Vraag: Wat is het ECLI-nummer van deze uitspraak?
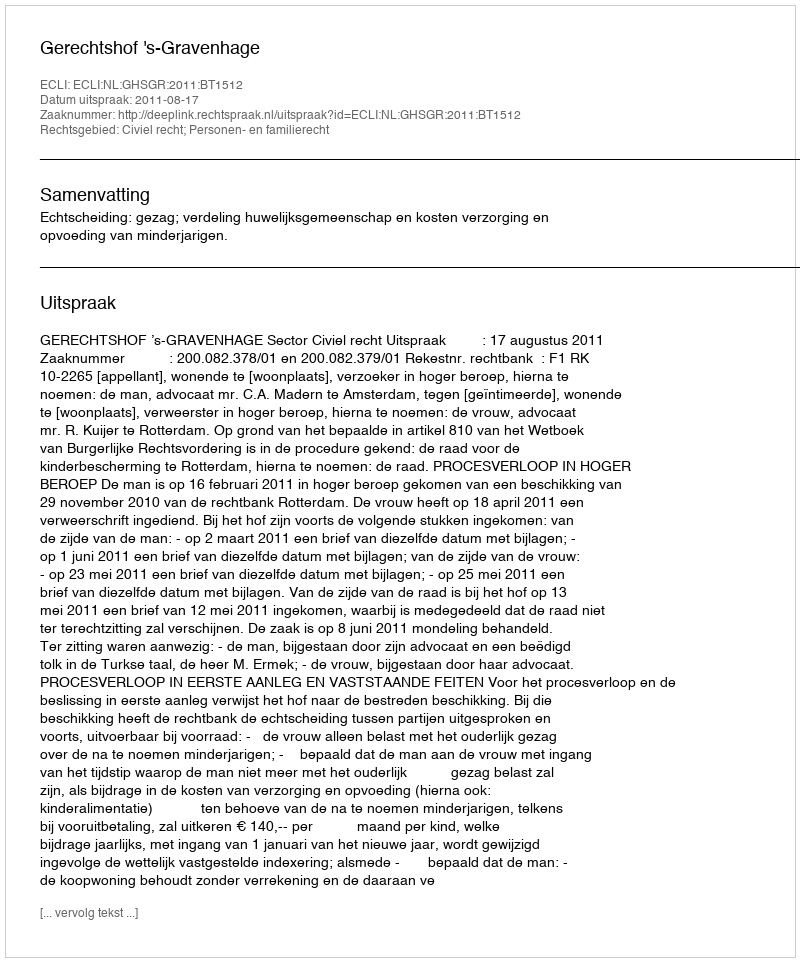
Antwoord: ECLI:NL:GHSGR:2011:BT1512